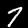
Digit: 7